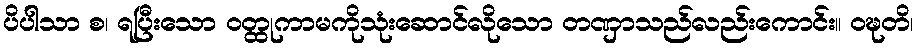
ပိပါသာ စ၊ ရပြီးသော ဝတ္ထုကာမကိုသုံးဆောင်လိုသော တဏှာသည်လည်းကောင်း။ ဝဍ္ဎတိ၊